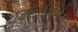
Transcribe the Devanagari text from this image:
कलाविदग्ध